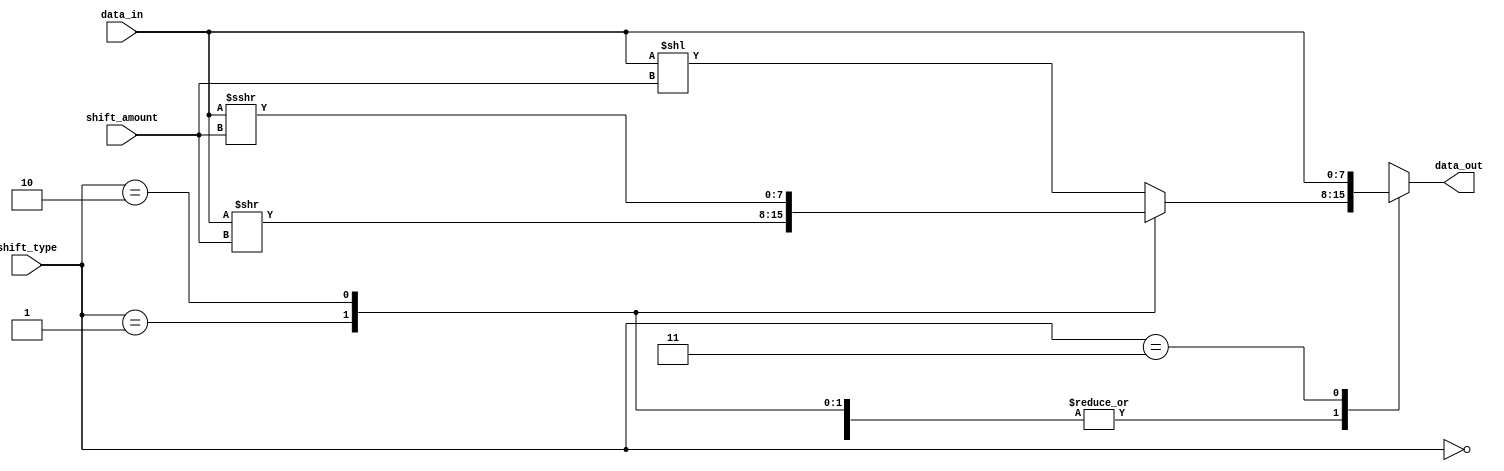
module barrel_shifter(
    input [7:0] data_in,
    input [1:0] shift_amount,
    input [1:0] shift_type,
    output reg [7:0] data_out
);

reg [7:0] shifted_data;

always @(*)
begin
    case(shift_type)
        2'b00: shifted_data = data_in << shift_amount; // Left shift
        2'b01: shifted_data = data_in >> shift_amount; // Right shift
        2'b10: shifted_data = data_in >>> shift_amount; // Logical right shift
        2'b11: shifted_data = data_in; // No shift
    endcase

    case(shift_type)
        2'b00: data_out = shifted_data;
        2'b01: data_out = shifted_data;
        2'b10: data_out = shifted_data;
        2'b11: data_out = data_in;
    endcase
end

endmodule